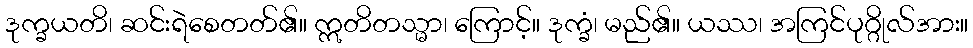
ဒုက္ခယတိ၊ ဆင်းရဲစေတတ်၏။ ဣတိတသ္မာ၊ ကြောင့်။ ဒုက္ခံ၊ မည်၏။ ယဿ၊ အကြင်ပုဂ္ဂိုလ်အား။